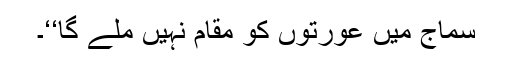
سماج میں عورتوں کو مقام نہیں ملے گا‘‘۔